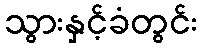
သွားနှင့်ခံတွင်း